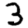
Digit: 3